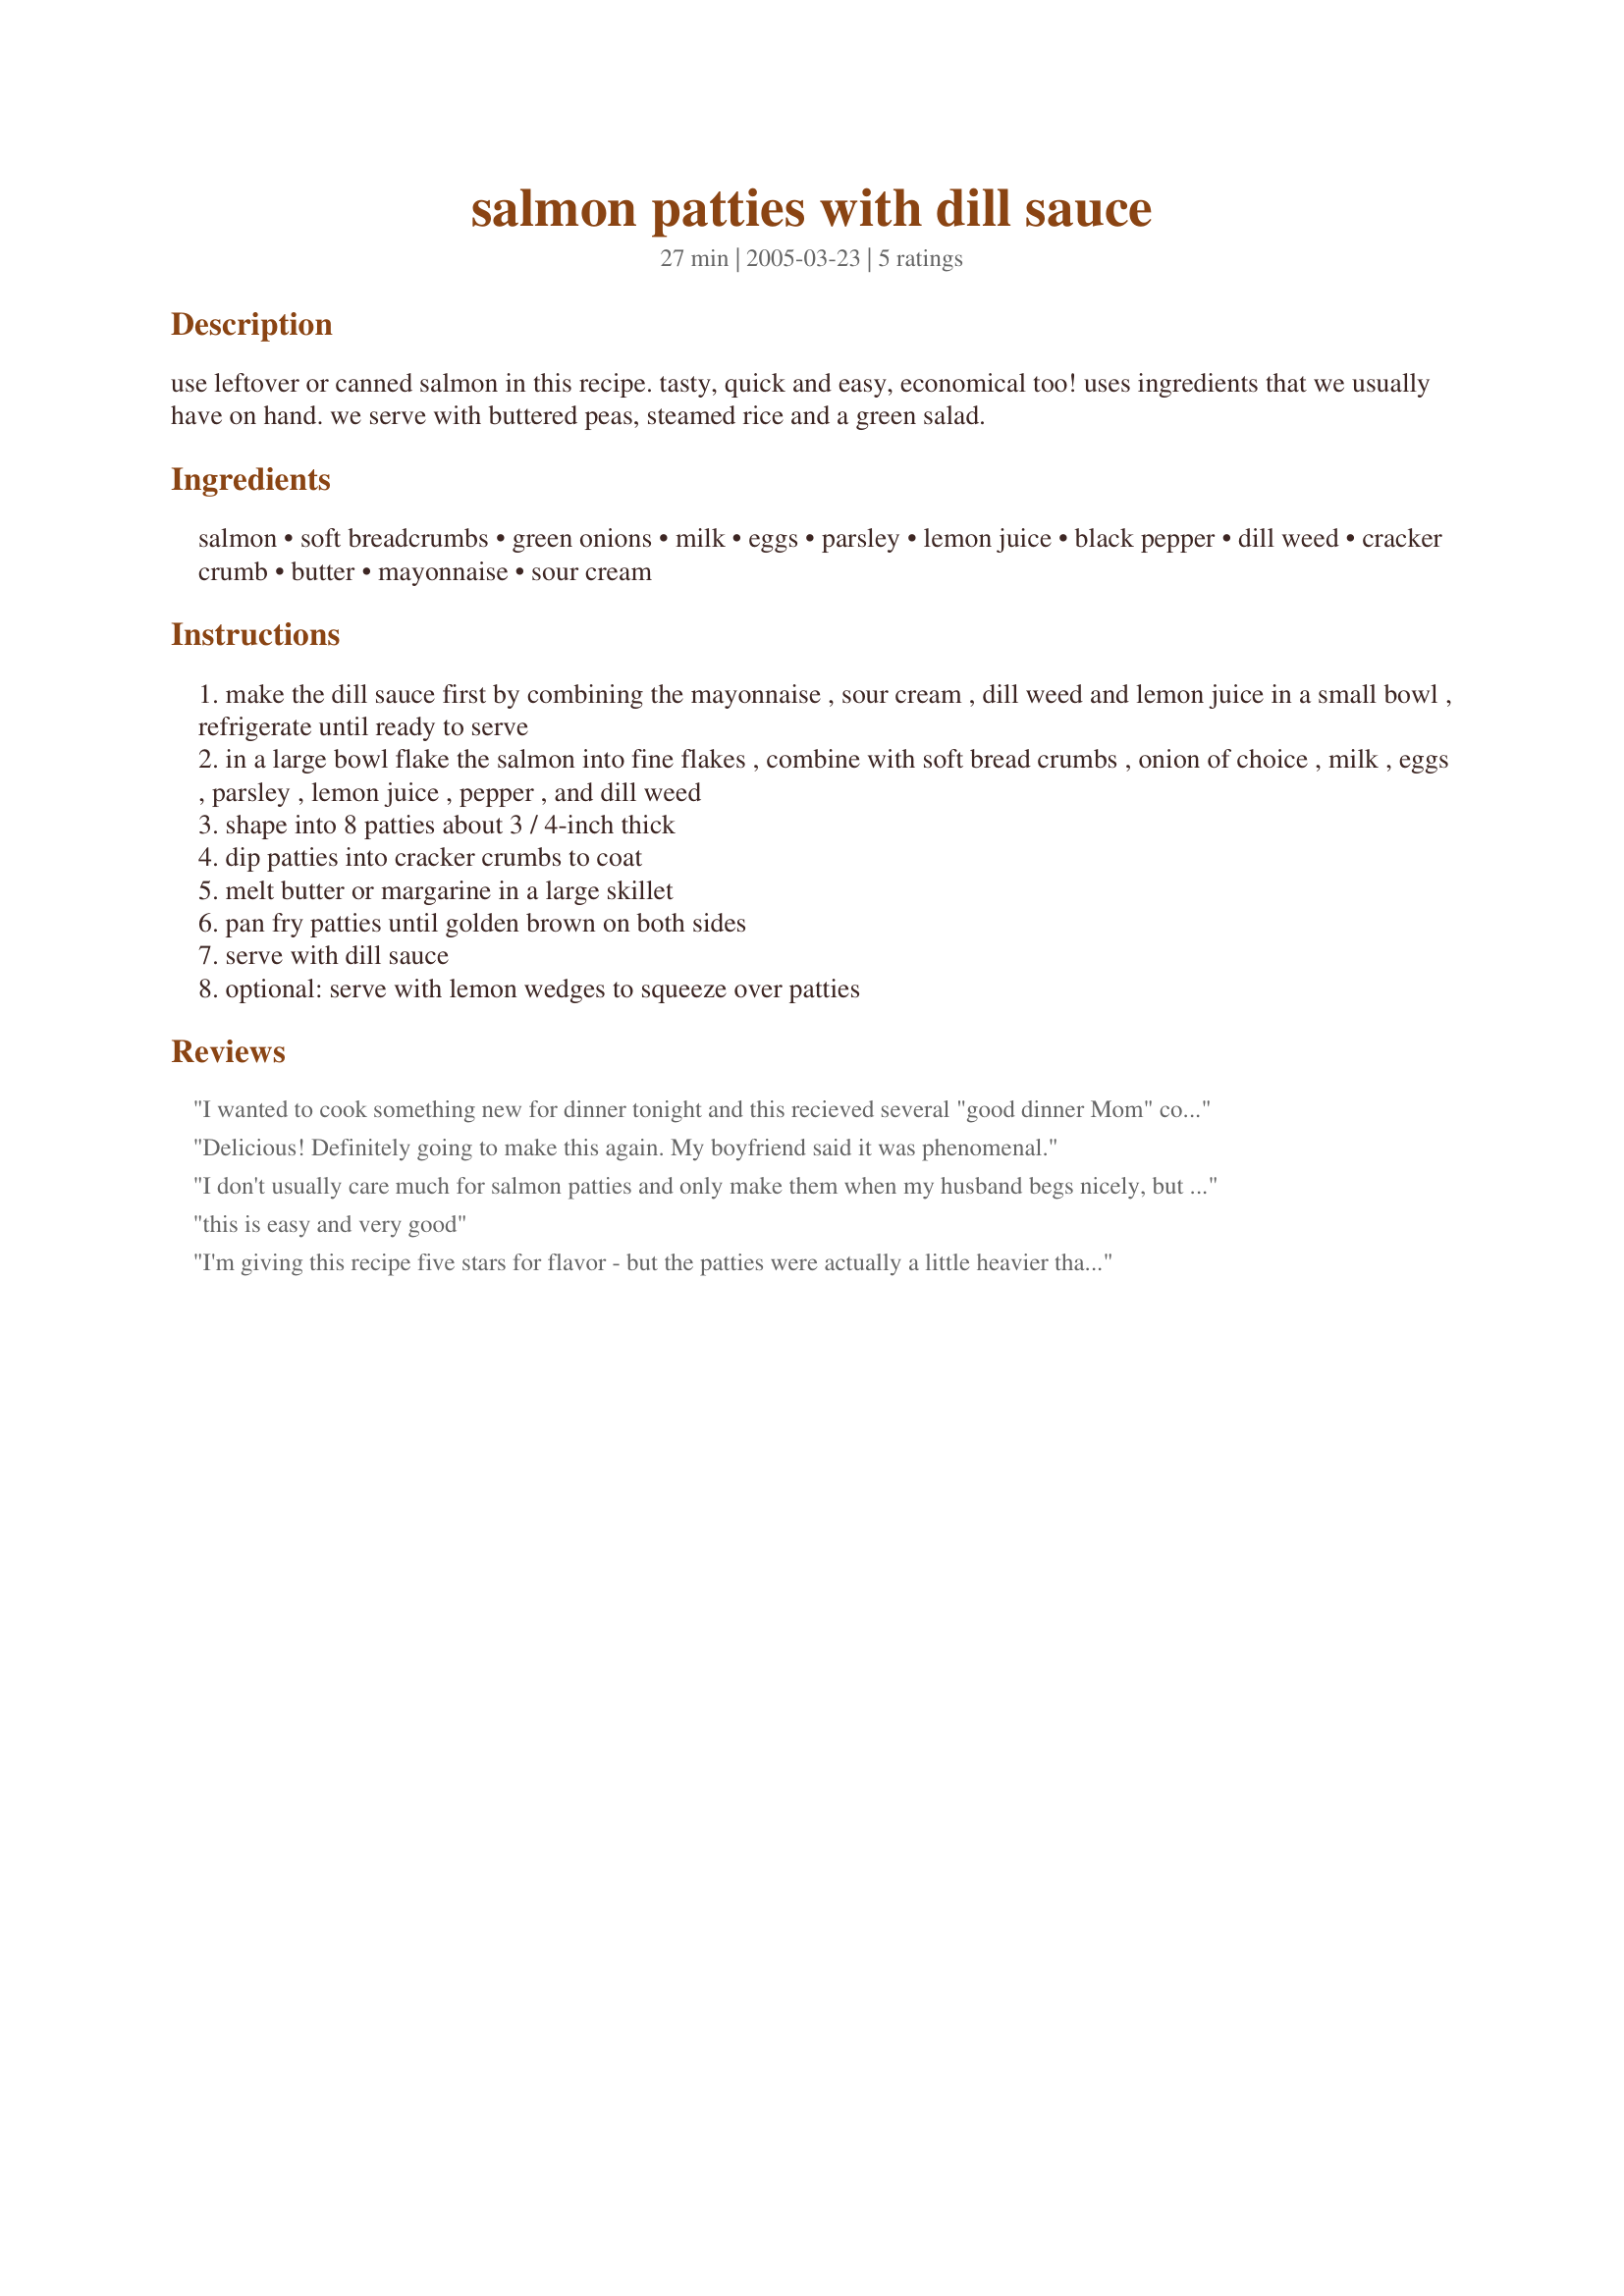
salmon patties with dill sauce
Preparation time: 27 minutes

use leftover or canned salmon in this recipe. tasty, quick and easy, economical too! uses ingredients that we usually have on hand. we serve with buttered peas, steamed rice and a green salad.

Ingredients:
salmon, soft breadcrumbs, green onions, milk, eggs, parsley, lemon juice, black pepper, dill weed, cracker crumb, butter, mayonnaise, sour cream

Steps:
make the dill sauce first by combining the mayonnaise , sour cream , dill weed and lemon juice in a small bowl , refrigerate until ready to serve
in a large bowl flake the salmon into fine flakes , combine with soft bread crumbs , onion of choice , milk , eggs , parsley , lemon juice , pepper , and dill weed
shape into 8 patties about 3 / 4-inch thick
dip patties into cracker crumbs to coat
melt butter or margarine in a large skillet
pan fry patties until golden brown on both sides
serve with dill sauce
optional: serve with lemon wedges to squeeze over patties

Reviews:
I wanted to cook something new for dinner tonight and this recieved several "good dinner Mom" comments. The dill sauce gave it that extra touch. Thanks for sharing.
Delicious! Definitely going to make this again. My boyfriend said it was phenomenal.
I don't usually care much for salmon patties and only make them when my husband begs nicely, but these were excellent! They have a good texture and the flavors blend together nicely. I will be making these again.
this is easy and very good
I'm giving this recipe five stars for flavor - but the patties were actually a little heavier than we prefer - will add another egg next time and maybe whip the recipe before "loosely" forming the patties. Other than the heaviness - which is personal preference - taste is excellent. We added 2 oz of chopped pimentos for color. The dill sauce was just wonderful! Will make this again. Thank you for sharing this recipe!
